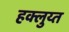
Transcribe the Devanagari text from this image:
हक्लुय्त